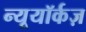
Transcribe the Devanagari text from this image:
न्यूयॉर्कज़